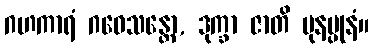
ဂဟကာရံ ဂဝေသန္တော, ဒုက္ခာ ဇာတိ ပုနပ္ပုနံ။